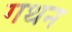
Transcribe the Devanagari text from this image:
गथन